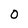
Character: O